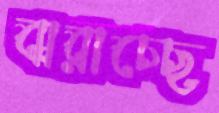
ঝরাচ্ছে